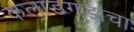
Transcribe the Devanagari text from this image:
कलाडगडाचा